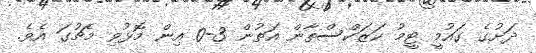
ދަށުގެ ގައުމީ ޓީމު ކަޒަކްސްތާން އަތުން 3-0 އިން މޮޅުވި މެޗުގަ އެވެ.